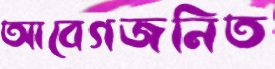
আবেগজনিত